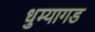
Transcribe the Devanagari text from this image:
धुम्यागड